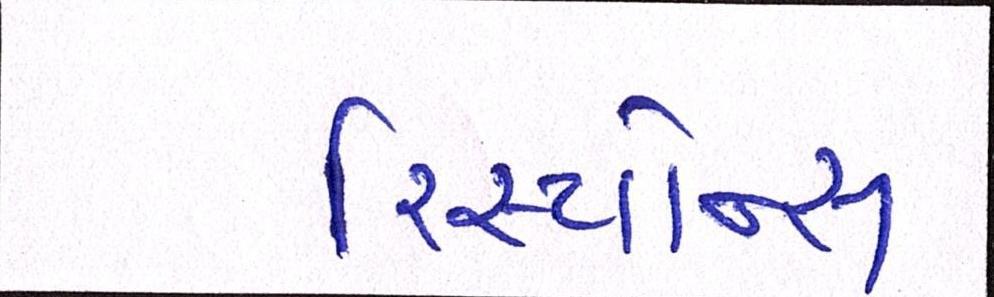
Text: રિસ્પોન્સ